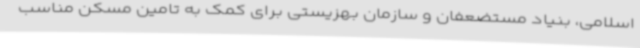
اسلامی، بنیاد مستضعفان و سازمان بهزیستی برای کمک به تامین مسکن مناسب